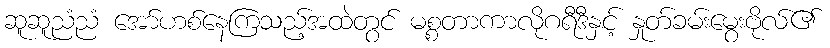
ဆူဆူညံညံ အော်ဟစ်နေကြသည့်အထဲတွင် မစ္စတာကာလိုဂရီဒီနှင့် နှုတ်ခမ်းမွေးဗိုလ်၏